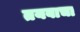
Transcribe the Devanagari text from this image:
तयबाचा